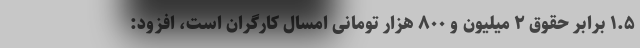
۱.۵ برابر حقوق ۲ میلیون و ۸۰۰ هزار تومانی امسال کارگران است، افزود: